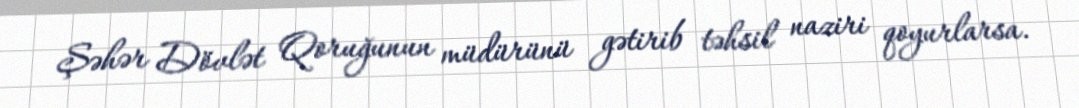
Şəhər Dövlət Qoruğunun müdürünü gətirib təhsil naziri qoyurlarsa.